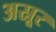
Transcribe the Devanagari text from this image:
अस्रूर